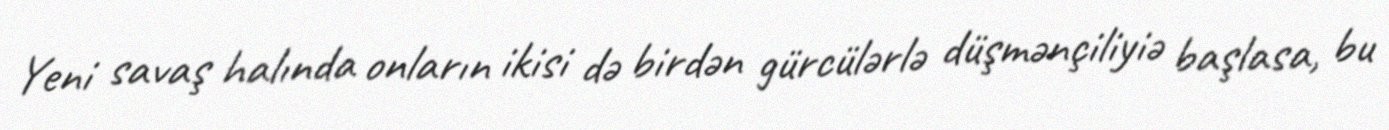
Yeni savaş halında onların ikisi də birdən gürcülərlə düşmənçiliyiə başlasa, bu